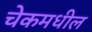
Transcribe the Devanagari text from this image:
चेकमधील